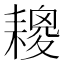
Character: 𦔕